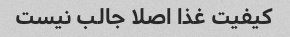
کیفیت غذا اصلا جالب نیست